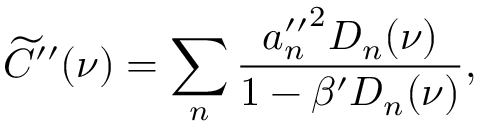
\widetilde { C } ^ { \prime \prime } ( \nu ) = \sum _ { n } \frac { { a _ { n } ^ { \prime \prime } } ^ { 2 } D _ { n } ( \nu ) } { 1 - \beta ^ { \prime } D _ { n } ( \nu ) } ,